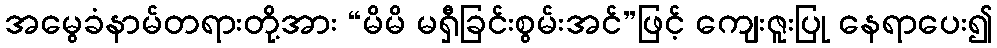
အမွေခံနာမ်တရားတို့အား “မိမိ မရှီခြင်းစွမ်းအင်”ဖြင့် ကျေးဇူးပြု နေရာပေး၍